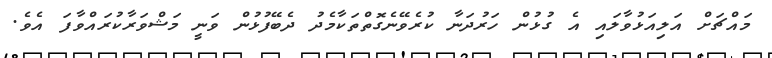
މައްޗަށް އަލިއަޅުވާލައި އެ ގުޅުން ހަރުދަނާ ކުރެވޭނެގޮތްތަކާމެދު ދެބޭފުޅުން ވަނީ މަޝްވަރާކުރައްވާފަ އެވެ.